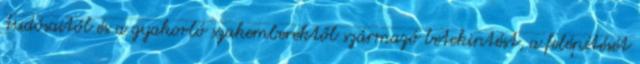
tudósaitól és a gyakorló szakemberektől származó betekintést, a felépítését